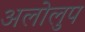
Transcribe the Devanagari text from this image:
अलोलुप